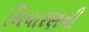
બિયારણની